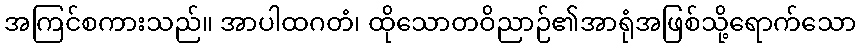
အကြင်စကားသည်။ အာပါထဂတံ၊ ထိုသောတဝိညာဉ်၏အာရုံအဖြစ်သို့ရောက်သော